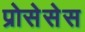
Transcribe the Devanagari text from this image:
प्रोसेसेस